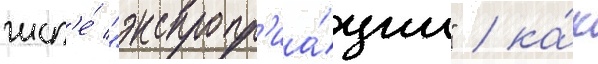
числ'е́ "экспропр'иа́ции" / ка́к